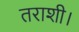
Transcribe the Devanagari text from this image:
तराशी।